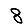
Digit: 8